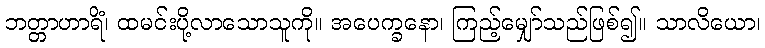
ဘတ္တာဟာရိံ၊ ထမင်းပို့လာသောသူကို။ အပေက္ခနော၊ ကြည့်မျှော်သည်ဖြစ်၍။ သာလိယော၊